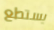
يستطع